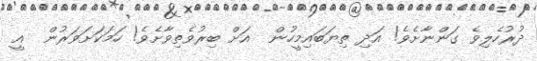
ދުރުހެލިވެ ގަންނާށެވެ! އަދި ތިޔަބައިމީހުން  އަށް ބިރުވެތިވާށެވެ! ހަމަކަށަވަރުން  އީ